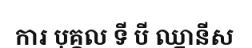
ការ បុគ្គល ទី បី ឈ្នានីស